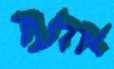
אלעד